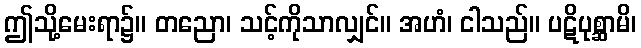
ဤသို့မေးရာ၌။ တညော၊ သင့်ကိုသာလျှင်။ အဟံ၊ ငါသည်။ ပဋိပုစ္ဆာမိ၊